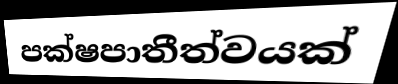
පක්ෂපාතීත්වයක්